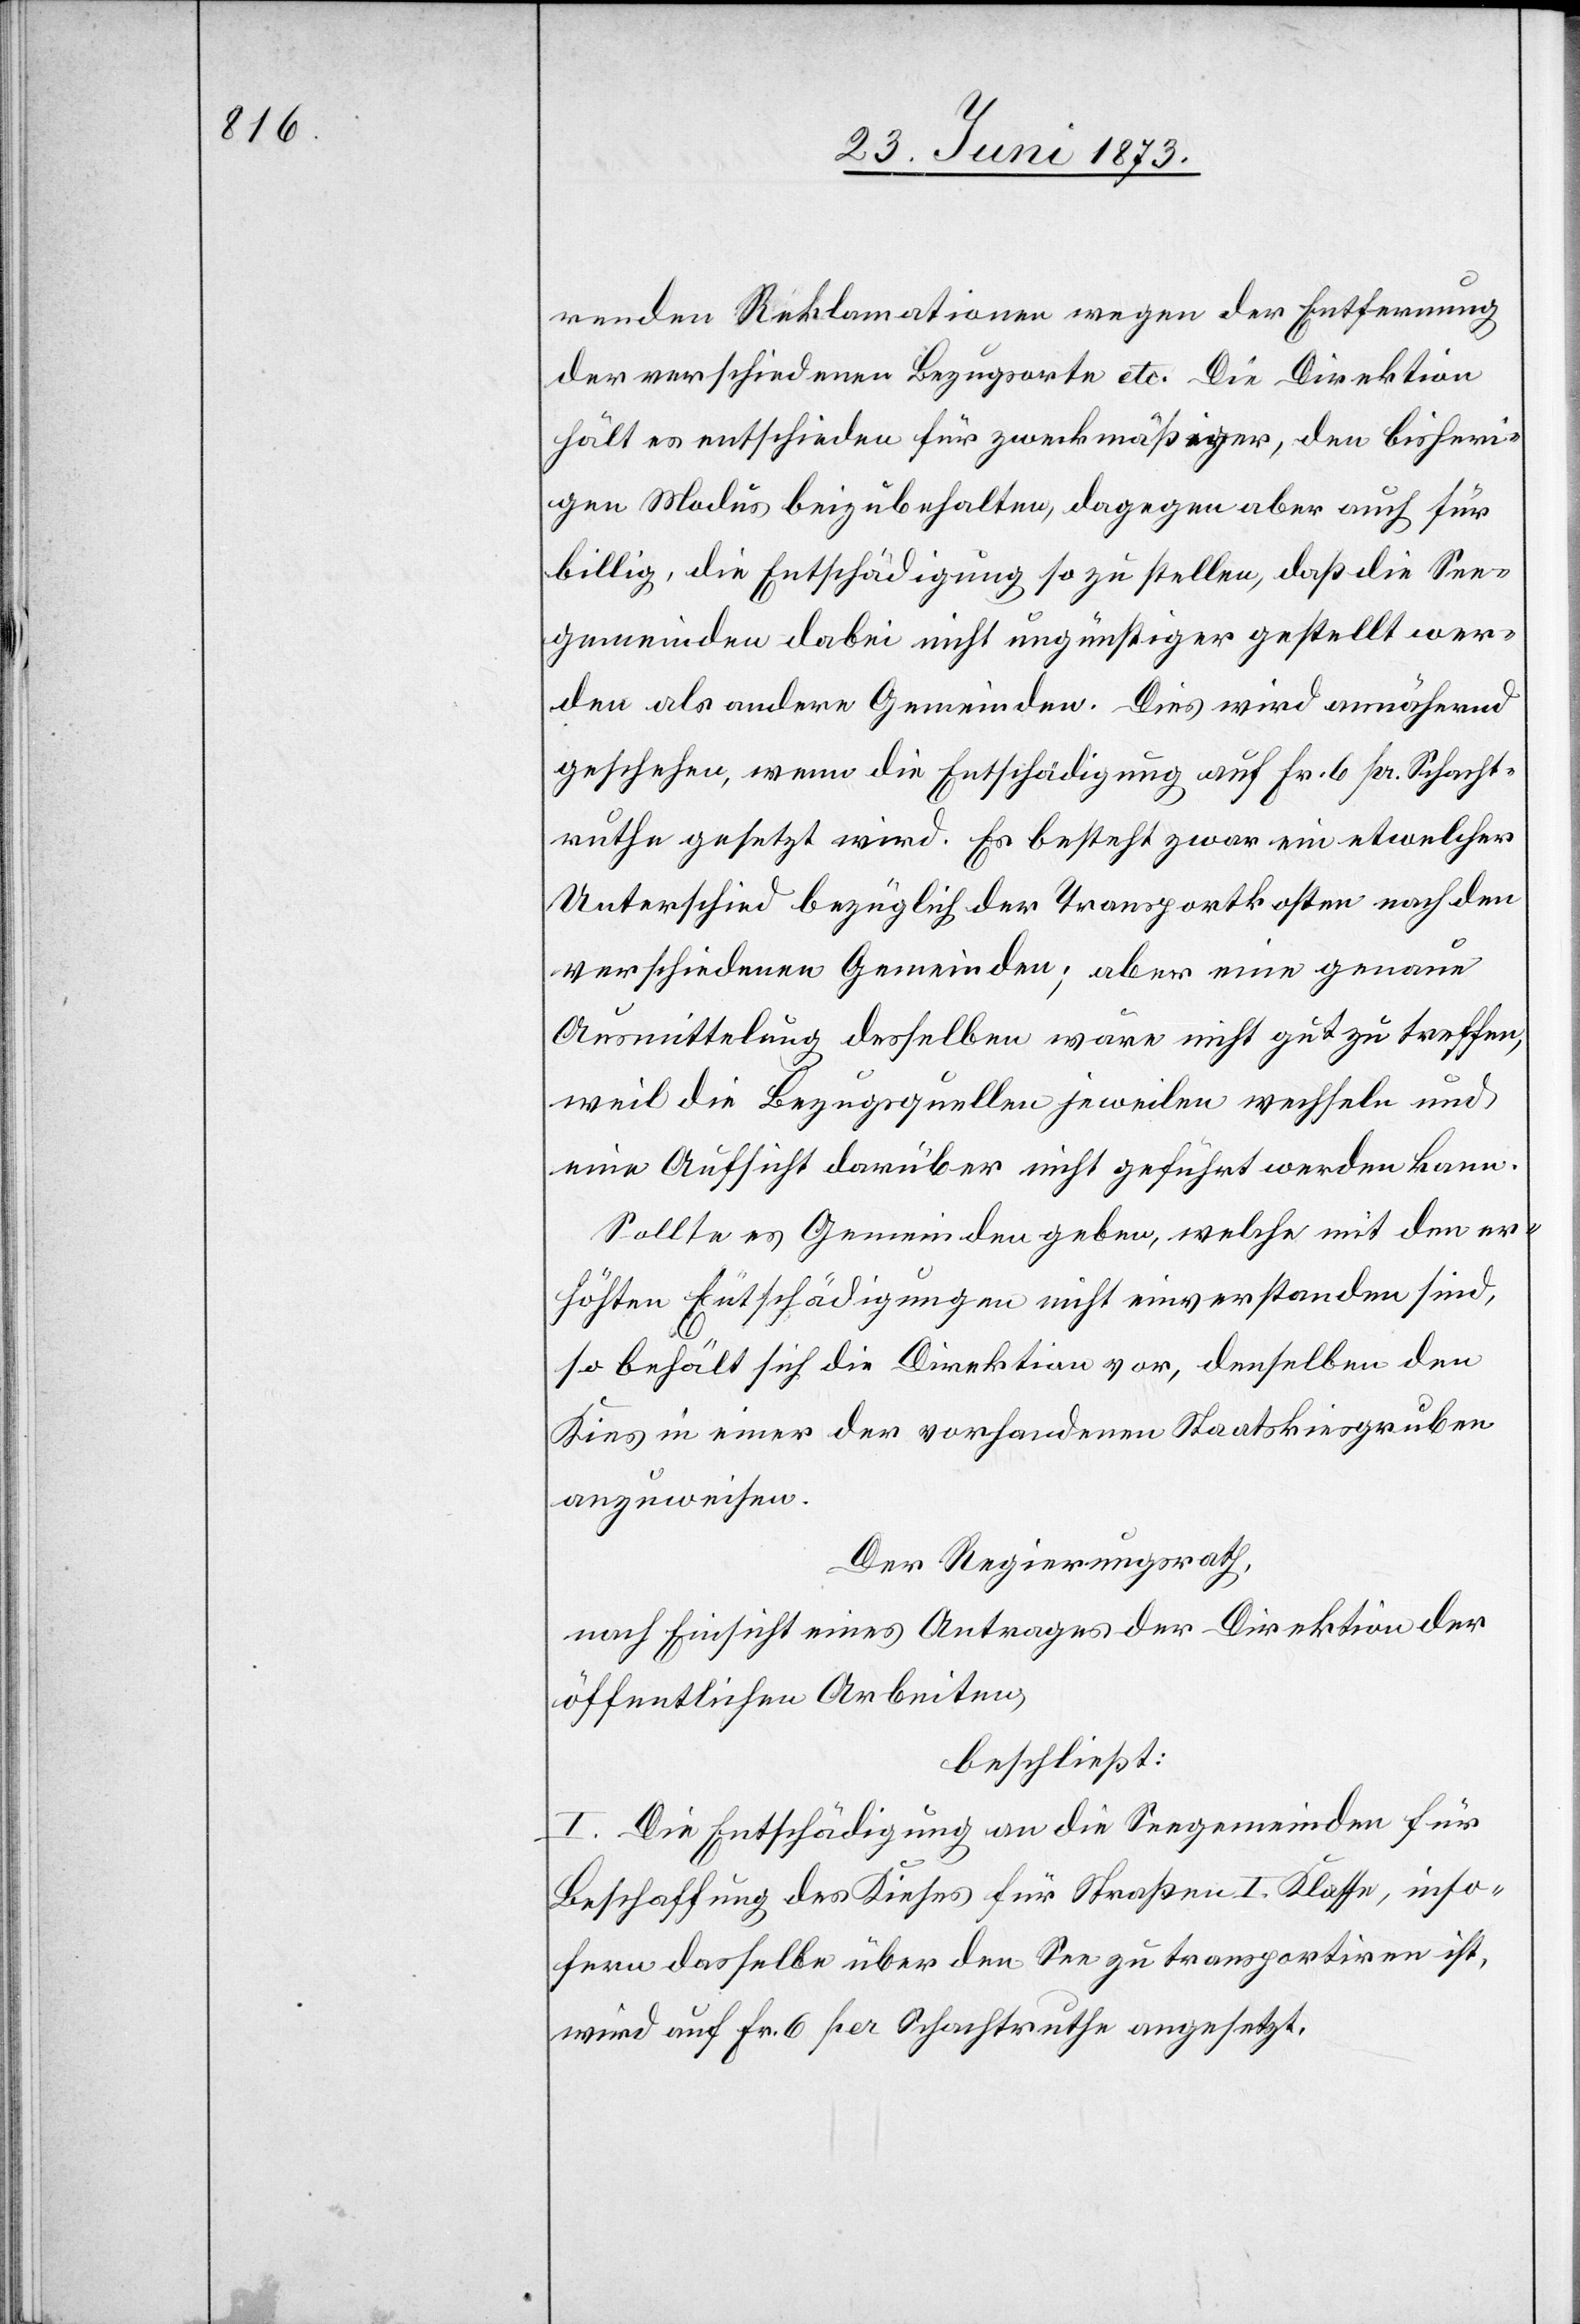
renden Reklamationen wegen der Entfernung
der verschiedenen Bezugsorte etc. Die Direktion
hält es entschieden für zweckmäßiger, den bisheri¬
gen Modus beizubehalten, dagegen aber auch für
billig, die Entschädigung so zu stellen, daß die See¬
gemeinden dabei nicht ungünstiger gestellt wer¬
den als andere Gemeinden. Dies wird annähernd
geschehen, wenn die Entschädigung auf Fr. 6 pr. Schacht¬
ruthe gesetzt wird. Es besteht zwar ein etwelcher
Unterschied bezüglich der Transportkosten nach den
verschiedenen Gemeinden; aber eine genaue
Ausmittelung desselben wäre nicht gut zu treffen,
weil die Bezugsquellen jeweilen wechseln und
eine Aufsicht darüber nicht geführt werden kann.
Sollte es Gemeinden geben, welche mit den er¬
höhten Entschädigungen nicht einverstanden sind,
so behält sich die Direktion vor, denselben den
Kies in einer der vorhandenen Staatskiesgruben
anzuweisen.
Der Regierungsrath,
nach Einsicht eines Antrages der Direktion der
öffentlichen Arbeiten,
beschließt:
I. Die Entschädigung an die Seegemeinden für
Beschaffung des Kieses für Straßen I. Klasse, inso¬
fern dasselbe über den See zu transportiren ist,
wird auf Fr. 6 per Schachtruthe angesetzt.